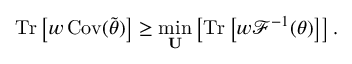
\operatorname { T r } \left[ \boldsymbol { w } \operatorname { C o v } ( \tilde { \boldsymbol { \theta } } ) \right] \geq \operatorname* { m i n } _ { \mathbf { U } } \left[ \operatorname { T r } \left[ \boldsymbol { w } \mathcal { F } ^ { - 1 } ( \boldsymbol { \theta } ) \right] \right] .